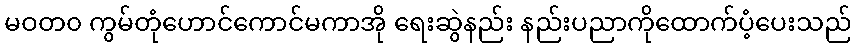
မဝတ၀ ကွမ်တုံဟောင်ကောင်မကာအို ရေးဆွဲနည်း နည်းပညာကိုထောက်ပံ့ပေးသည်